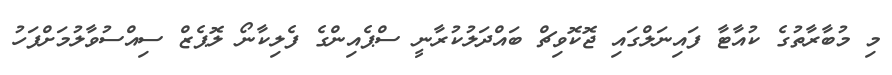
މި މުބާރާތުގެ ކުއާޓާ ފައިނަލްގައި ޖޮކޮވިޗް ބައްދަލުކުރާނީ ސްޕެއިންގެ ފެލިކާނޯ ލޮޕެޒް ސިއްސުވާލުމަށްފަހު